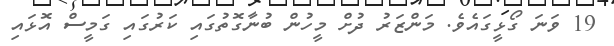
19 ވަނަ ގޯޅީގައެވެ. މަންޒަރު ދުށް މީހުން ބުނާގޮތުގައި ކަރުގައި ގަމީސް އޮޅައި